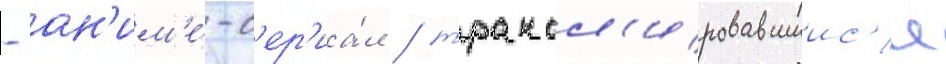
- ан'им'е́-с'ер'иа́л / трансл'ировавшиис'я